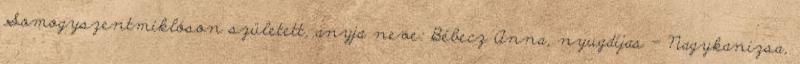
Somogyszentmiklóson született, anyja neve: Bébecz Anna, nyugdíjas – Nagykanizsa,